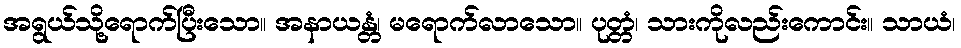
အရွယ်သို့ရောက်ပြီးသော။ အနာယန္တံ၊ မရောက်လာသော။ ပုတ္တံ၊ သားကိုလည်းကောင်း။ သာယံ၊